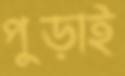
পুড়াই